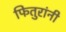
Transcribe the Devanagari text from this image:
फितुरांनी